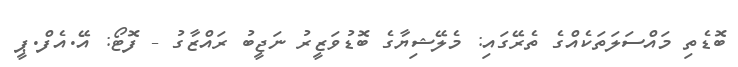
ބޮޑެތި މައްސަލަތަކެއްގެ ތެރޭގައި: މެލޭޝިޔާގެ ބޮޑުވަޒީރު ނަޖީބު ރައްޒާގު - ފޮޓޯ: އޭ.އެފް.ޕީ